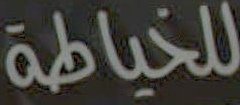
للخياطة